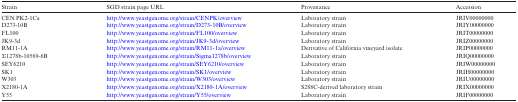
<table><thead><tr><td><b>Strain</b></td><td><b>SGD strain page URL</b></td><td><b>Provenance</b></td><td><b>Accession</b></td></tr></thead><tbody><tr><td>CEN.PK2-1Ca</td><td>http://www.yeastgenome.org/strain/CENPK/overview</td><td>Laboratory strain</td><td>JRIV00000000</td></tr><tr><td>D273-10B</td><td>http://www.yeastgenome.org/strain/D273-10B/overview</td><td>Laboratory strain</td><td>JRIY00000000</td></tr><tr><td>FL100</td><td>http://www.yeastgenome.org/strain/FL100/overview</td><td>Laboratory strain</td><td>JRIT00000000</td></tr><tr><td>JK9-3d</td><td>http://www.yeastgenome.org/strain/JK9-3d/overview</td><td>Laboratory strain</td><td>JRIZ00000000</td></tr><tr><td>RM11-1A</td><td>http://www.yeastgenome.org/strain/RM11-1a/overview</td><td>Derivative of California vineyard isolate</td><td>JRIP00000000</td></tr><tr><td>Σ1278b-10569-6B</td><td>http://www.yeastgenome.org/strain/Sigma1278b/overview</td><td>Laboratory strain</td><td>JRIQ00000000</td></tr><tr><td>SEY6210</td><td>http://www.yeastgenome.org/strain/SEY6210/overview</td><td>Laboratory strain</td><td>JRIW00000000</td></tr><tr><td>SK1</td><td>http://www.yeastgenome.org/strain/SK1/overview</td><td>Laboratory strain</td><td>JRIH00000000</td></tr><tr><td>W303</td><td>http://www.yeastgenome.org/strain/W303/overview</td><td>Laboratory strain</td><td>JRIU00000000</td></tr><tr><td>X2180-1A</td><td>http://www.yeastgenome.org/strain/X2180-1A/overview</td><td>S288C-derived laboratory strain</td><td>JRIX00000000</td></tr><tr><td>Y55</td><td>http://www.yeastgenome.org/strain/Y55/overview</td><td>Laboratory strain</td><td>JRIF00000000</td></tr></tbody></table>